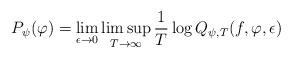
LaTeX: \begin{align*}P_{\psi}(\varphi)=\lim \limits_{\epsilon\rightarrow 0}\limsup\limits_{T \rightarrow \infty}\frac{1}{T}\log Q_{\psi,T}(f,\varphi, \epsilon)\end{align*}